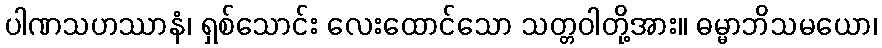
ပါဏသဟဿာနံ၊ ရှစ်သောင်း လေးထောင်သော သတ္တဝါတို့အား။ ဓမ္မာဘိသမယော၊